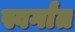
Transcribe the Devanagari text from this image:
स्वर्गांत